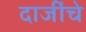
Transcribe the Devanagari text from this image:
दाजींचे